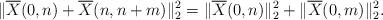
LaTeX: \begin{align*} \|\overline X(0,n)+\overline X(n,n+m)\|_2^2= \|\overline X(0,n)\|_2^2+ \|\overline X(0,m)\|_2^2.\end{align*}